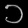
Digit: ၁